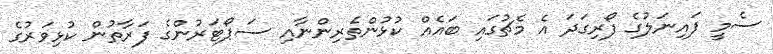
ސެމީ ފައިނަލުގެ ފޯރިގަދަ އެ މެޗުގައި ބައެއް ކުޅުންތެރިންނާއި ސަޕޯޓަރުންގެ ފަރާތުން ކުޅިވަރުގެ